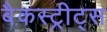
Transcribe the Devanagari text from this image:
बैकस्ट्रीट्स